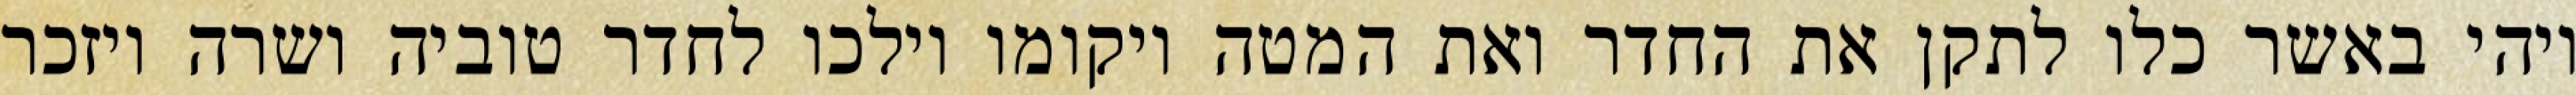
ויהי באשר כלו לתקן את החדר ואת המטה ויקומו וילכו לחדר טוביה ושרה ויזכר